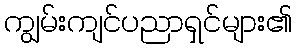
ကျွမ်းကျင်ပညာရှင်များ၏